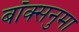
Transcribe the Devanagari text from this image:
बॉक्सनुमा